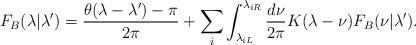
LaTeX: \begin{align*} F_B(\lambda|\lambda') = \frac{\theta(\lambda-\lambda')-\pi}{2\pi} + \sum_i \int_{\lambda_{iL}}^{\lambda_{iR}}\frac{d\nu}{2\pi}K(\lambda-\nu)F_B(\nu|\lambda').\end{align*}